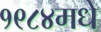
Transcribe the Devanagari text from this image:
१९८४मधे